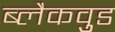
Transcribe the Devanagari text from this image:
ब्लैकव़ुड